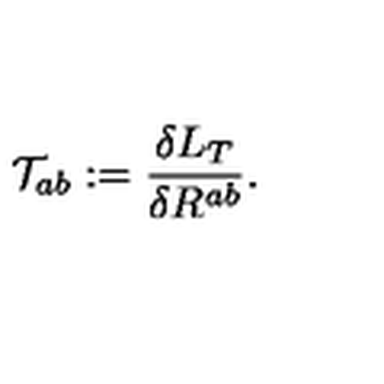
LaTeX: { \cal T } _ { a b } : = \frac { \delta { L } _ { T } } { \delta R ^ { a b } } .